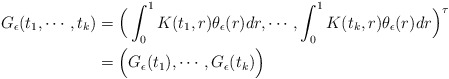
\begin{align*}\begin{aligned}G_{\epsilon}(t_1,\cdots, t_k)&=\Big(\int^{1}_{0}K(t_1,r)\theta_{\epsilon}(r)dr,\cdots, \int^{1}_{0}K(t_k,r)\theta_{\epsilon}(r)dr\Big)^{\tau}\\&=\Big(G_{\epsilon}(t_1),\cdots,G_{\epsilon}(t_k)\Big)\end{aligned}\end{align*}